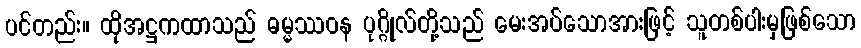
ပင်တည်း။ ထိုအဋ္ဌကထာသည် ဓမ္မဿဝန ပုဂ္ဂိုလ်တို့သည် မေးအပ်သောအားဖြင့် သူတစ်ပါးမှဖြစ်သော